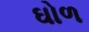
ઘોળ